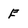
Character: E